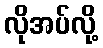
လိုအပ်လို့